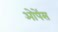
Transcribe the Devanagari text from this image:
ओपेंस